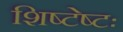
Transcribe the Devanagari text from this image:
शिष्टेष्टः